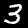
Digit: 3